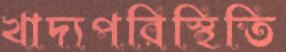
খাদ্যপরিস্থিতি